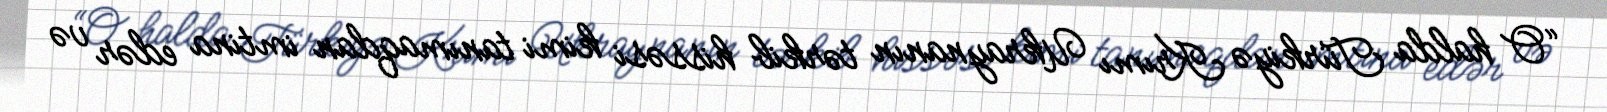
“O halda Türkiyə Krımı Ukraynanın tərkib hissəsi kimi tanımaqdan imtina edər və